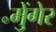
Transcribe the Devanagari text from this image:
॰मुेंगेर